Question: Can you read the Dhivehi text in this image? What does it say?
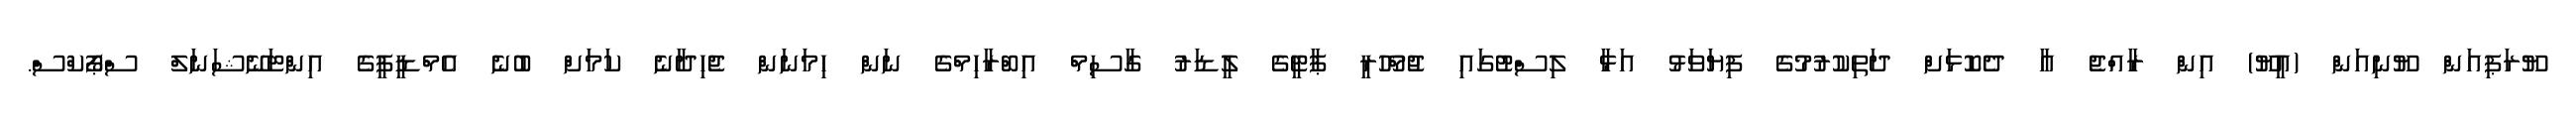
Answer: ޔޫރަޕިއަން ޔޫނިއަން (އީޔޫ) އިން ރާއްޖެ އާ ދެކޮޅަށް ދަތިކުރުމުގެ ފިޔަވަޅު އަޅާ ލިސްޓުގައި ޖުމްހޫރީ ޕާޓީގެ ލީޑަރު ގާސިމް އިބްރާހިމްގެ ނަން ހިމަނަން ޖެހިދާނެ ކަމަށް ބުނެ އެމްޑީޕީގެ އިންޓަނޭޝަނަލް ސްޕޯކްސް.